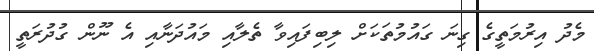
މެދު އިރުމަތީގެ ގިނަ ގައުމުތަކަށް ލިބިފައިވާ ތެލާއި މައުދަނާއި އެ ނޫން ގުދުރަތީ